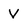
Character: V